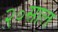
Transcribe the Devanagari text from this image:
२०साल